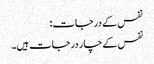
نفس کے درجات:
نفس کےچار درجات ہیں۔